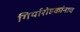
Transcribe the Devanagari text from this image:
गिर्यारोहकांनाच